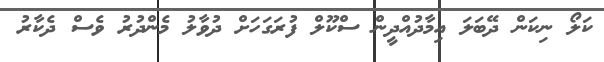
ކަލޯ ނިކަން ދޭބަލަ އިމާދުއްދީން ސްކޫލް ފުރަގަހަށް ދުވާލު މެންދުރު ވެސް ދެކާރު